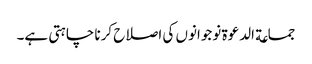
جماعة الدعوة نوجوانوں کی اصلاح کرنا چاہتی ہے۔